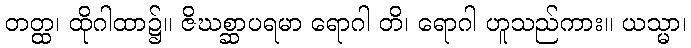
တတ္ထ၊ ထိုဂါထာ၌။ ဇိဃစ္ဆာပရမာ ရောဂါ တိ၊ ရောဂါ ဟူသည်ကား။ ယသ္မာ၊